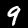
Digit: 9